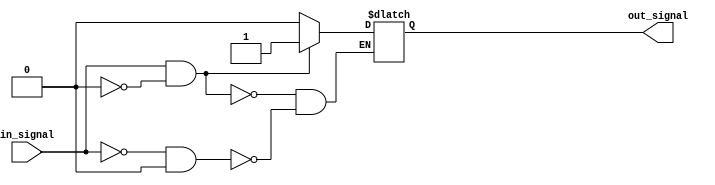
module Schmitt_trigger_buffer (
    input wire in_signal,
    output reg out_signal
);

reg previous_out;

always @ (in_signal, previous_out)
begin
    if (in_signal && !previous_out)
        out_signal <= 1;
    else if (!in_signal && previous_out)
        out_signal <= 0;
end
endmodule